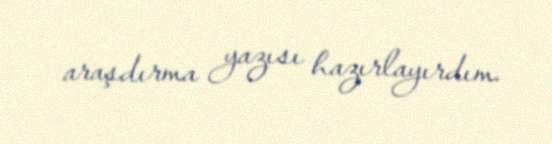
araşdırma yazısı hazırlayırdım.